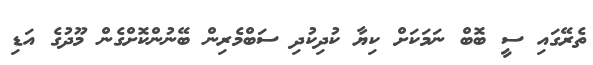
ތެރޭގައި ސީ ބޮބް ނަމަކަށް ކިޔާ ކުދިކުދި ސަބްމެރިން ބޭނުންކޮށްގެން މޫދުގެ އަޑި